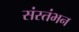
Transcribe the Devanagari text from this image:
संस्तंभन